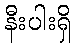
နီးပါးရှိ